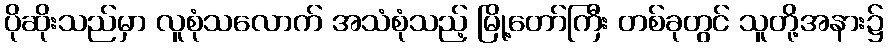
ပိုဆိုးသည်မှာ လူစုံသလောက် အသံစုံသည့် မြို့တော်ကြီး တစ်ခုတွင် သူတို့အနား၌